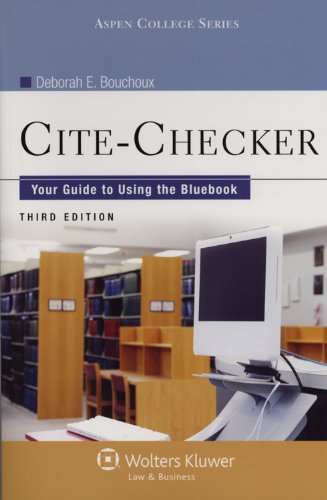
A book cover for Cite-Checker: Your Guide to Using the Bluebook, Third Edition (Aspen College); Deborah E. Bouchoux; Law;